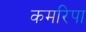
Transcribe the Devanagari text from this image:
कमरिपा